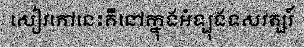
សៀវភៅនេះគឺនៅក្នុងអំឡុងទសវត្សរ៍